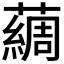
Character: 𫊃